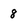
Character: 8